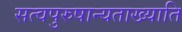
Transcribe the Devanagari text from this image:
सत्वपुरुषान्यताख्याति